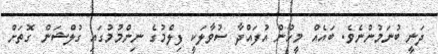
ދަނީ ބުނަމުންނެވެ. ބައެއް މީހުން އުފައްދާ ސުވާލަކީ ފިލްމުގެ ނިންމުމުގައި ގުލްޝަން ގޮތަށް